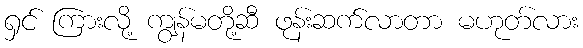
ရှင် ကြားလို့ ကျွန်မတို့ဆီ ဖုန်းဆက်လာတာ မဟုတ်လား